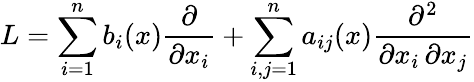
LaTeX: L=\sum_{i=1}^{n}b_{i}(x){\frac{\partial}{\partial x_{i}}}+\sum_{i,j=1}^{n}a_{ij}(x){\frac{\partial^{2}}{\partial x_{i}\, \partial x_{j}}}